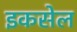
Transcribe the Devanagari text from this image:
इकसेल